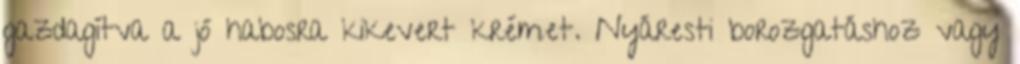
gazdagítva a jó habosra kikevert krémet. Nyáresti borozgatáshoz vagy